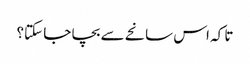
تا کہ اس سانحے سے بچا جا سکتا؟